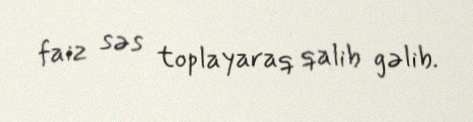
faiz səs toplayaraq qalib gəlib.